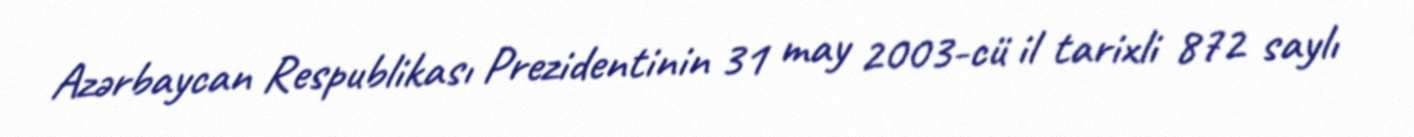
Azərbaycan Respublikası Prezidentinin 31 may 2003-cü il tarixli 872 saylı